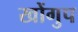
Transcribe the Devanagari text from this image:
खोंगुप